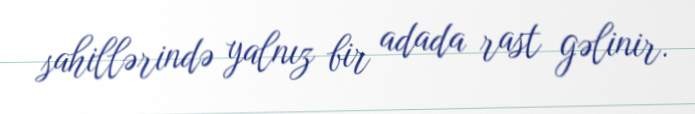
sahillərində yalnız bir adada rast gəlinir.